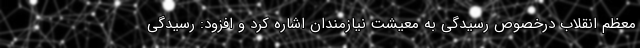
معظم انقلاب درخصوص رسیدگی به معیشت نیازمندان اشاره کرد و افزود: رسیدگی